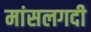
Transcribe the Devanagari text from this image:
मांसलगदी